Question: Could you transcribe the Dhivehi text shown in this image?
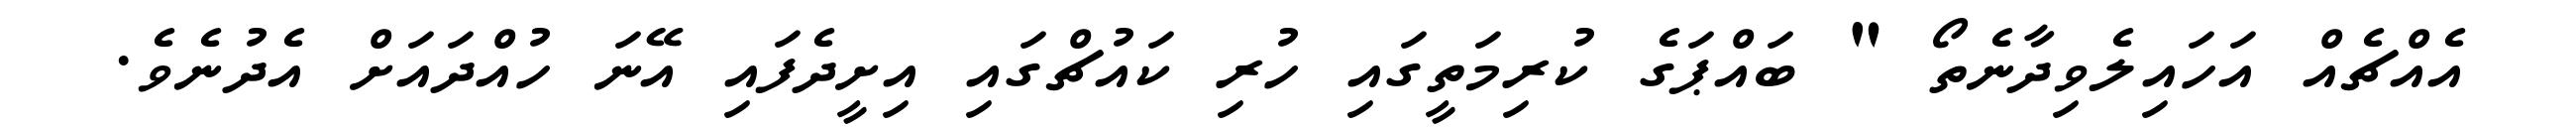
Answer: އެއްޗެއް އަހައިލެވިދާނެތޯ " ބައްޕަގެ ކުރިމަތީގައި ހުރި ކައުޗްގައި އިށީދެފައި އޭނަ ހުއްދައަށް އެދުނެވެ.